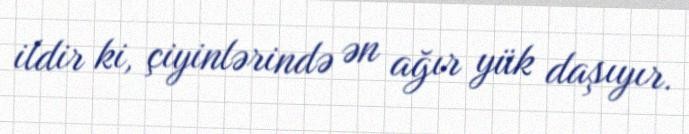
ildir ki, çiyinlərində ən ağır yük daşıyır.